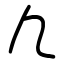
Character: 凢